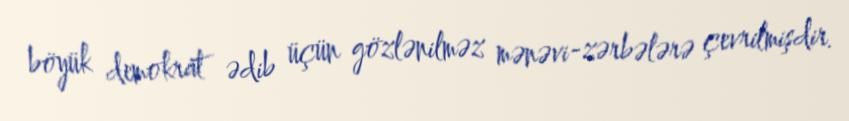
böyük demokrat ədib üçün gözlənilməz mənəvi-zərbələrə çevrilmişdir.